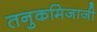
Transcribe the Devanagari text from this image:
तनुकमिजाजी